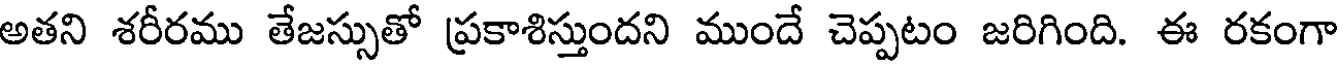
అతని శరీరము తేజస్సుతో ప్రకాశిస్తుందని ముందే చెప్పటం జరిగింది. ఈ రకంగా